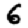
Digit: 6